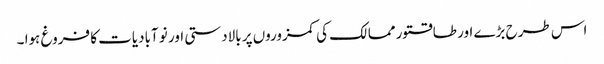
اس طرح بڑے اور طاقتور ممالک کی کمزوروں پر بالادستی اور نو آبادیات کا فروغ ہوا ۔